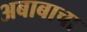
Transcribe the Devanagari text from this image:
अबाबाचा